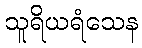
သူရိယရံသေန